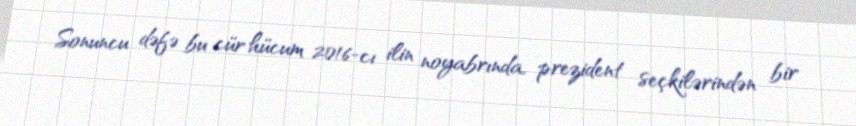
Sonuncu dəfə bu cür hücum 2016-cı ilin noyabrında, prezident seçkilərindən bir